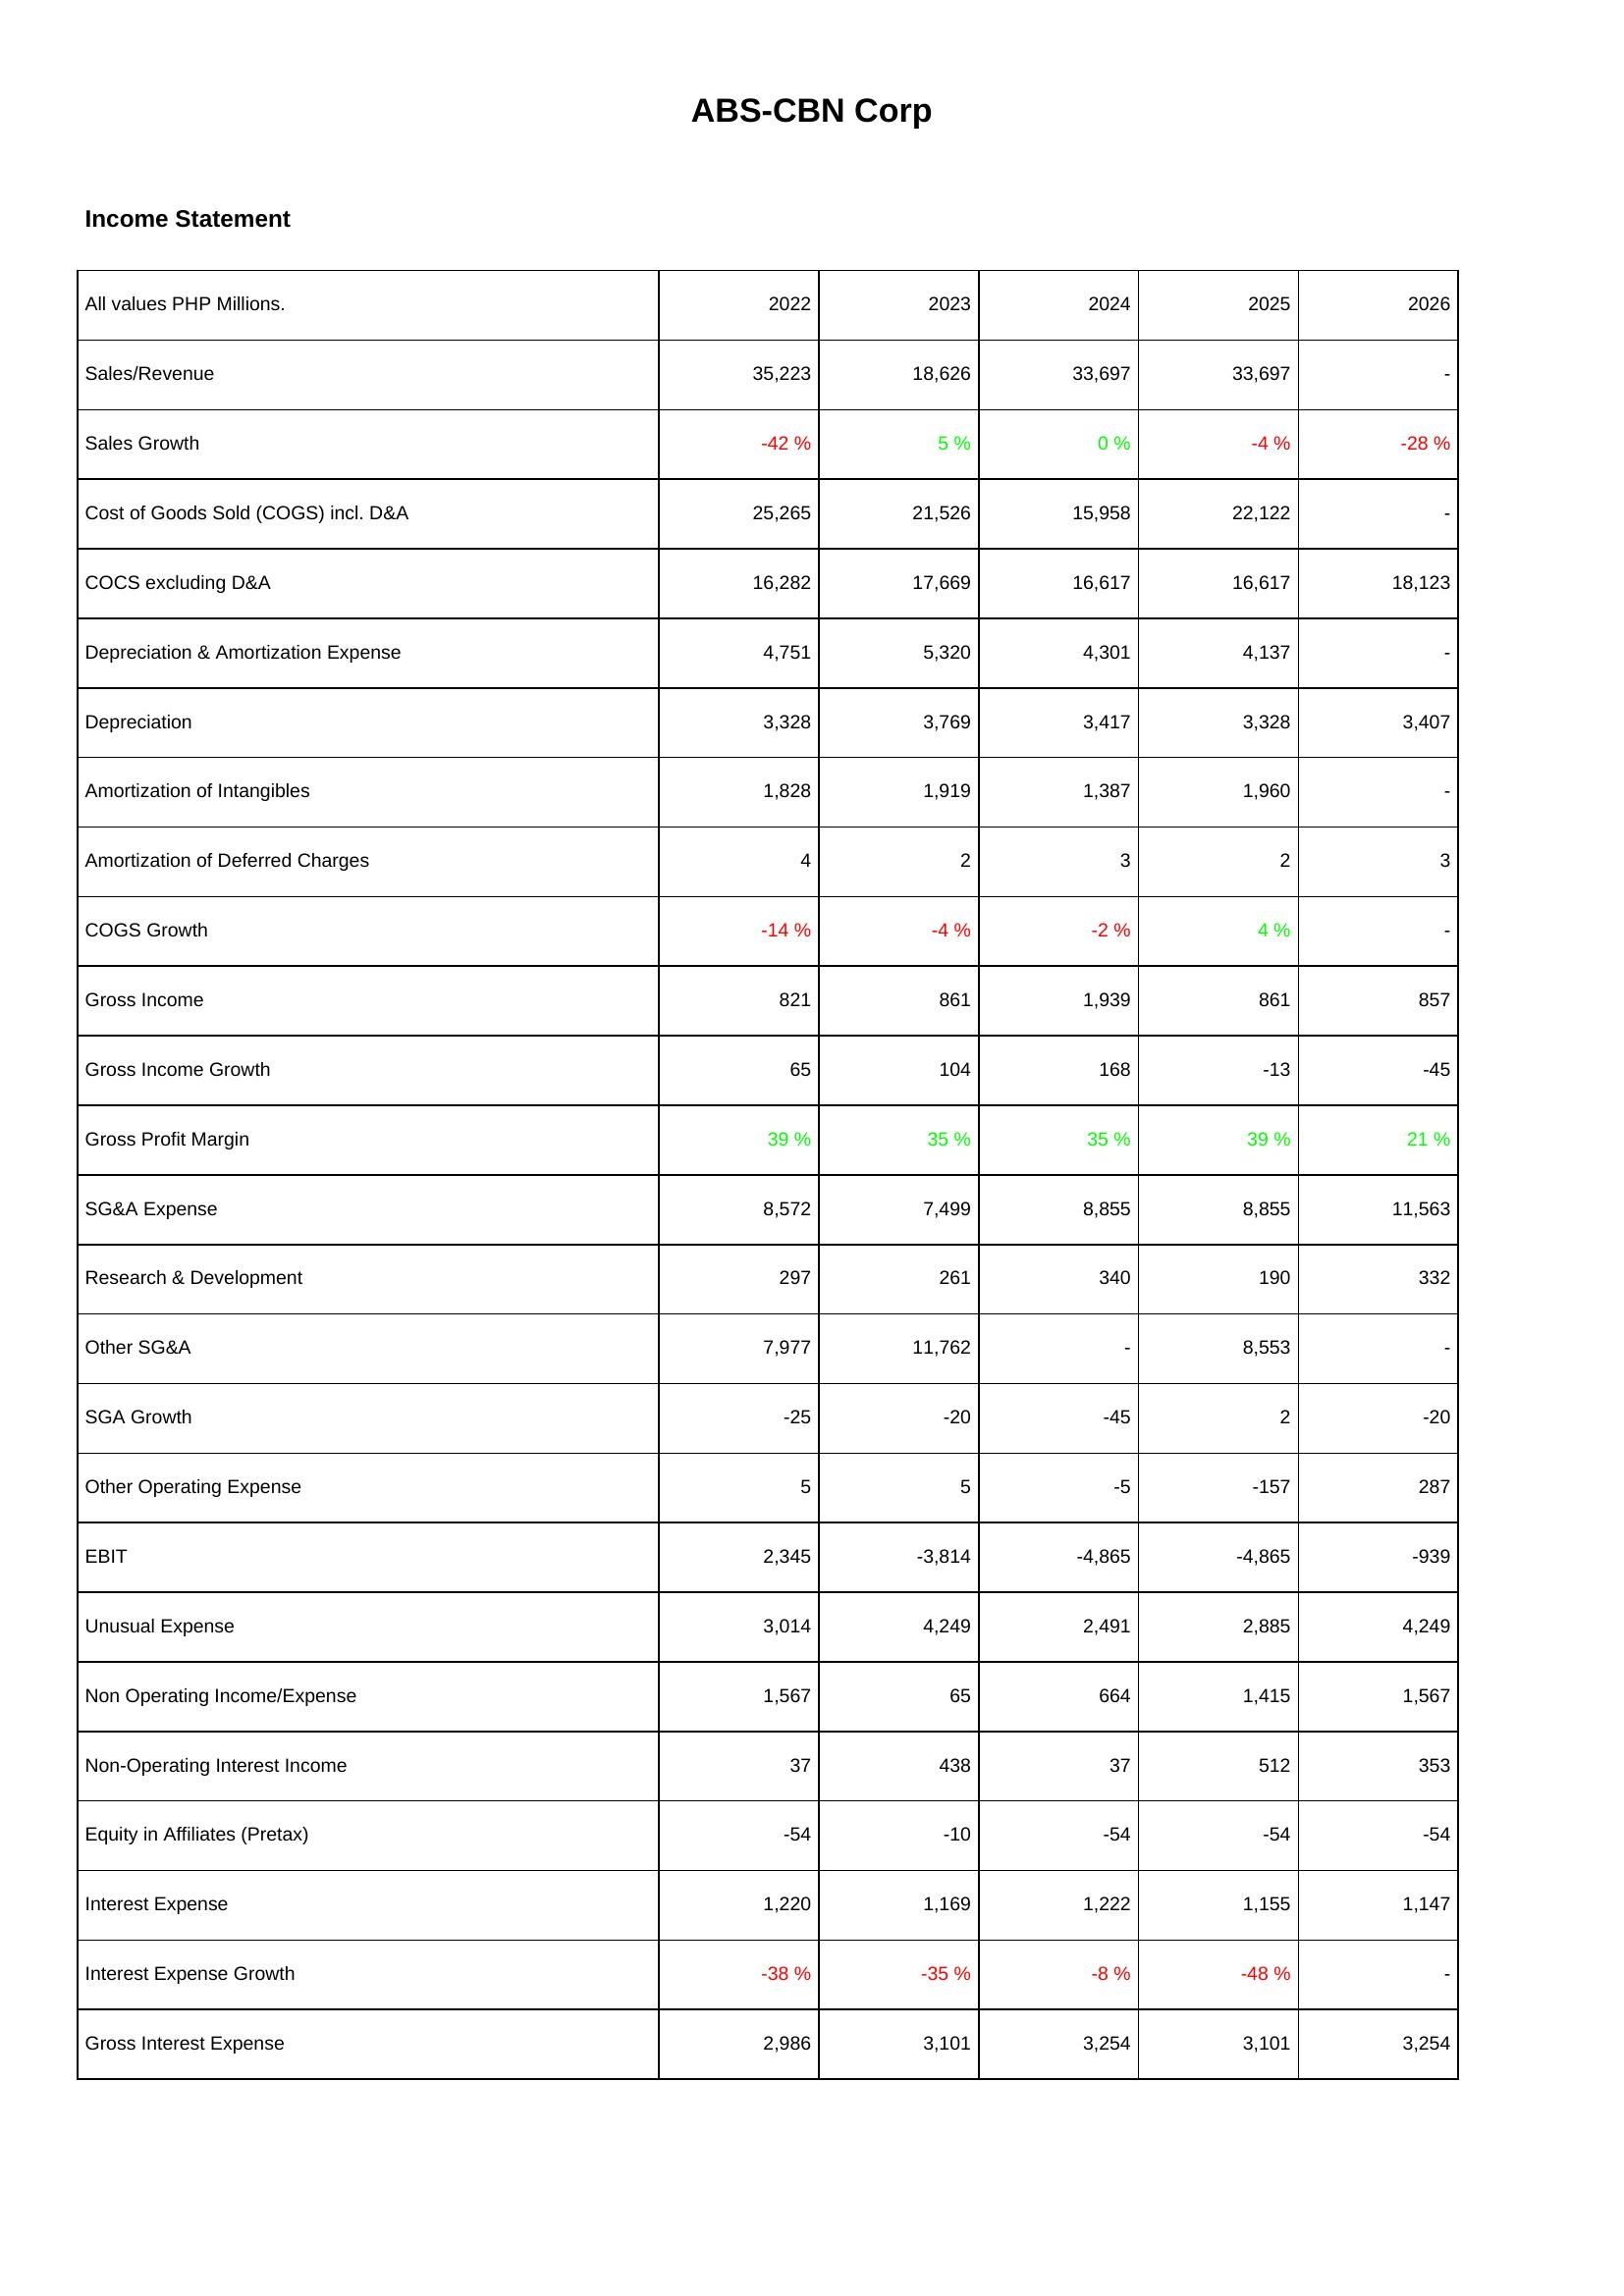
2022: Income Statement: Sales/Revenue: 35,223
Sales Growth: -42 %
Cost of Goods Sold (COGS) incl. D&A: 25,265
COCS excluding D&A: 16,282
Depreciation & Amortization Expense: 4,751
Depreciation: 3,328
Amortization of Intangibles: 1,828
Amortization of Deferred Charges: 4
COGS Growth: -14 %
Gross Income: 821
Gross Income Growth: 65
Gross Profit Margin: 39 %
SG&A Expense: 8,572
Research & Development: 297
Other SG&A: 7,977
SGA Growth: -25
Other Operating Expense: 5
EBIT: 2,345
Unusual Expense: 3,014
Non Operating Income/Expense: 1,567
Non-Operating Interest Income: 37
Equity in Affiliates (Pretax): -54
Interest Expense: 1,220
Interest Expense Growth: -38 %
Gross Interest Expense: 2,986
2023: Income Statement: Sales/Revenue: 18,626
Sales Growth: 5 %
Cost of Goods Sold (COGS) incl. D&A: 21,526
COCS excluding D&A: 17,669
Depreciation & Amortization Expense: 5,320
Depreciation: 3,769
Amortization of Intangibles: 1,919
Amortization of Deferred Charges: 2
COGS Growth: -4 %
Gross Income: 861
Gross Income Growth: 104
Gross Profit Margin: 35 %
SG&A Expense: 7,499
Research & Development: 261
Other SG&A: 11,762
SGA Growth: -20
Other Operating Expense: 5
EBIT: -3,814
Unusual Expense: 4,249
Non Operating Income/Expense: 65
Non-Operating Interest Income: 438
Equity in Affiliates (Pretax): -10
Interest Expense: 1,169
Interest Expense Growth: -35 %
Gross Interest Expense: 3,101
2024: Income Statement: Sales/Revenue: 33,697
Sales Growth: 0 %
Cost of Goods Sold (COGS) incl. D&A: 15,958
COCS excluding D&A: 16,617
Depreciation & Amortization Expense: 4,301
Depreciation: 3,417
Amortization of Intangibles: 1,387
Amortization of Deferred Charges: 3
COGS Growth: -2 %
Gross Income: 1,939
Gross Income Growth: 168
Gross Profit Margin: 35 %
SG&A Expense: 8,855
Research & Development: 340
Other SG&A: -
SGA Growth: -45
Other Operating Expense: -5
EBIT: -4,865
Unusual Expense: 2,491
Non Operating Income/Expense: 664
Non-Operating Interest Income: 37
Equity in Affiliates (Pretax): -54
Interest Expense: 1,222
Interest Expense Growth: -8 %
Gross Interest Expense: 3,254
2025: Income Statement: Sales/Revenue: 33,697
Sales Growth: -4 %
Cost of Goods Sold (COGS) incl. D&A: 22,122
COCS excluding D&A: 16,617
Depreciation & Amortization Expense: 4,137
Depreciation: 3,328
Amortization of Intangibles: 1,960
Amortization of Deferred Charges: 2
COGS Growth: 4 %
Gross Income: 861
Gross Income Growth: -13
Gross Profit Margin: 39 %
SG&A Expense: 8,855
Research & Development: 190
Other SG&A: 8,553
SGA Growth: 2
Other Operating Expense: -157
EBIT: -4,865
Unusual Expense: 2,885
Non Operating Income/Expense: 1,415
Non-Operating Interest Income: 512
Equity in Affiliates (Pretax): -54
Interest Expense: 1,155
Interest Expense Growth: -48 %
Gross Interest Expense: 3,101
2026: Income Statement: Sales/Revenue: -
Sales Growth: -28 %
Cost of Goods Sold (COGS) incl. D&A: -
COCS excluding D&A: 18,123
Depreciation & Amortization Expense: -
Depreciation: 3,407
Amortization of Intangibles: -
Amortization of Deferred Charges: 3
COGS Growth: -
Gross Income: 857
Gross Income Growth: -45
Gross Profit Margin: 21 %
SG&A Expense: 11,563
Research & Development: 332
Other SG&A: -
SGA Growth: -20
Other Operating Expense: 287
EBIT: -939
Unusual Expense: 4,249
Non Operating Income/Expense: 1,567
Non-Operating Interest Income: 353
Equity in Affiliates (Pretax): -54
Interest Expense: 1,147
Interest Expense Growth: -
Gross Interest Expense: 3,254